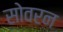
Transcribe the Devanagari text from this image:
सोवरन